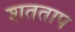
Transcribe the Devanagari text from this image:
शतताप